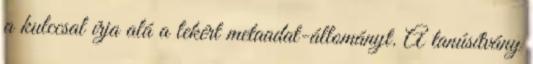
a kulccsal írja alá a lekért metaadat-állományt. A tanúsítvány